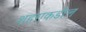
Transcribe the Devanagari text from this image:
शहराकडील